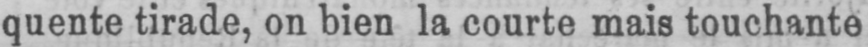
quente tirade, on bien la courte mais touchante